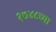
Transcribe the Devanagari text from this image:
१७४८च्या